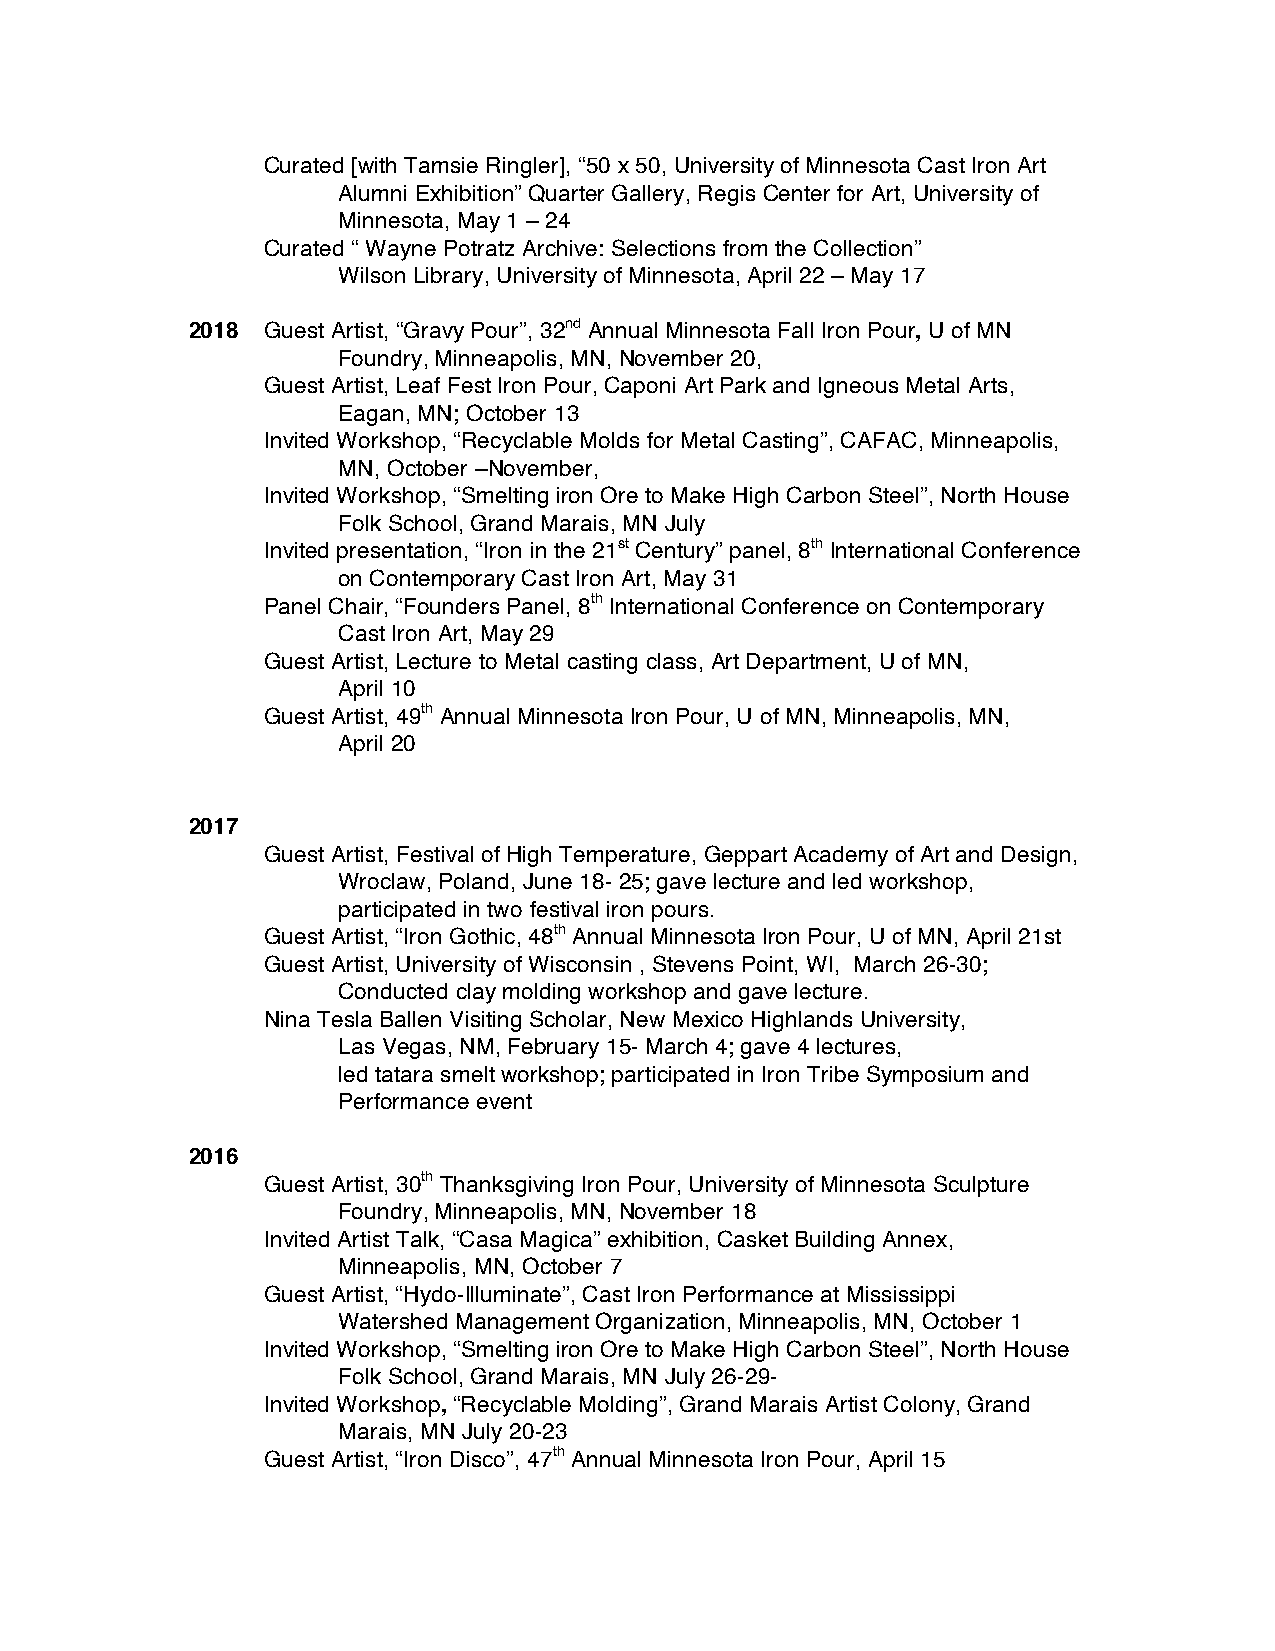
Curated [with Tamsie Ringler], “50 x 50, University of Minnesota Cast Iron Art
 Alumni Exhibition” Quarter Gallery, Regis Center for Art, University of
 Minnesota, May 1 – 24
 Curated “ Wayne Potratz Archive: Selections from the Collection”
 Wilson Library, University of Minnesota, April 22 – May 17
 2018 Guest Artist, “Gravy Pour”, 32nd Annual Minnesota Fall Iron Pour, U of MN
 Foundry, Minneapolis, MN, November 20,
 Guest Artist, Leaf Fest Iron Pour, Caponi Art Park and Igneous Metal Arts,
 Eagan, MN; October 13
 Invited Workshop, “Recyclable Molds for Metal Casting”, CAFAC, Minneapolis,
 MN, October –November,
 Invited Workshop, “Smelting iron Ore to Make High Carbon Steel”, North House
 Folk School, Grand Marais, MN July
 Invited presentation, “Iron in the 21st Century” panel, 8th International Conference
 on Contemporary Cast Iron Art, May 31
 Panel Chair, “Founders Panel, 8th International Conference on Contemporary
 Cast Iron Art, May 29
 Guest Artist, Lecture to Metal casting class, Art Department, U of MN,
 April 10
 Guest Artist, 49th Annual Minnesota Iron Pour, U of MN, Minneapolis, MN,
 April 20
 2017
 Guest Artist, Festival of High Temperature, Geppart Academy of Art and Design,
 Wroclaw, Poland, June 18- 25; gave lecture and led workshop,
 participated in two festival iron pours.
 Guest Artist, “Iron Gothic, 48th Annual Minnesota Iron Pour, U of MN, April 21st
 Guest Artist, University of Wisconsin , Stevens Point, WI, March 26-30;
 Conducted clay molding workshop and gave lecture.
 Nina Tesla Ballen Visiting Scholar, New Mexico Highlands University,
 Las Vegas, NM, February 15- March 4; gave 4 lectures,
 led tatara smelt workshop; participated in Iron Tribe Symposium and
 Performance event
 2016
 Guest Artist, 30th Thanksgiving Iron Pour, University of Minnesota Sculpture
 Foundry, Minneapolis, MN, November 18
 Invited Artist Talk, “Casa Magica” exhibition, Casket Building Annex,
 Minneapolis, MN, October 7
 Guest Artist, “Hydo-Illuminate”, Cast Iron Performance at Mississippi
 Watershed Management Organization, Minneapolis, MN, October 1
 Invited Workshop, “Smelting iron Ore to Make High Carbon Steel”, North House
 Folk School, Grand Marais, MN July 26-29-
 Invited Workshop, “Recyclable Molding”, Grand Marais Artist Colony, Grand
 Marais, MN July 20-23
 Guest Artist, “Iron Disco”, 47th Annual Minnesota Iron Pour, April 15